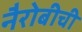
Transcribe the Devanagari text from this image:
नैरोबीची